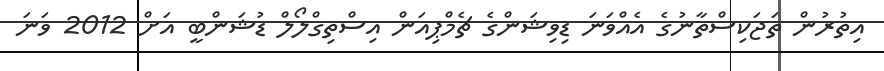
އިތުރުން ތަޖަކިސްތާނުގެ އެއްވަނަ ޑިވިޝަންގެ ޗެމްޕިއަން އިސްތިގްލޯލް ޑުޝަންބީ އަށް 2012 ވަނަ